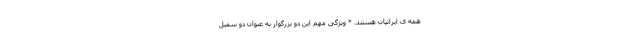
همه ی ایرانیان هستند. * ویژگی مهم این دو بزرگوار به عنوان دو سمبل